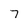
Character: 7